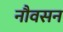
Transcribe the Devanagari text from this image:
नौवसन